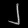
Digit: ၂